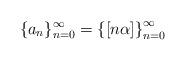
LaTeX: \begin{align*}\{a_n\}_{n=0}^\infty = \left\{[n\alpha]\right\}_{n=0}^\infty\end{align*}